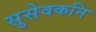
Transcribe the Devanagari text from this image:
सुसेवकनि